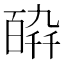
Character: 𤾋